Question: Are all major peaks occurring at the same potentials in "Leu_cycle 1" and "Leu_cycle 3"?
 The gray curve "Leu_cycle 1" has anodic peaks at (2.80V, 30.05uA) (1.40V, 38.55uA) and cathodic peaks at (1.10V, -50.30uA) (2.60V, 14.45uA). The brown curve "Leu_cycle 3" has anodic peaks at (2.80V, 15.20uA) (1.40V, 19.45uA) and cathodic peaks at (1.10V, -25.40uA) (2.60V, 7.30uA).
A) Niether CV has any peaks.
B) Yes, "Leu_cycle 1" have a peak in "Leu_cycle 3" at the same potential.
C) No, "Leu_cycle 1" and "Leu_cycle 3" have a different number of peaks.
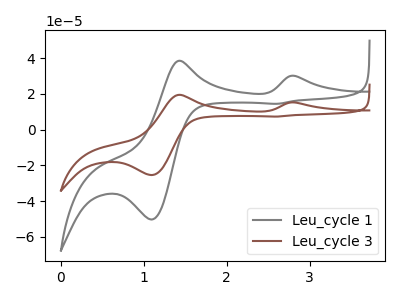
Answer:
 <answer>B) Yes, "Leu_cycle 1" have a peak in "Leu_cycle 3" at the same potential.</answer>
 <eval>B</eval>